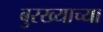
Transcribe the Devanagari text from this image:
बुरख्याच्या